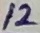
Text: 12